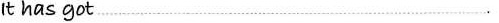
it has got …………